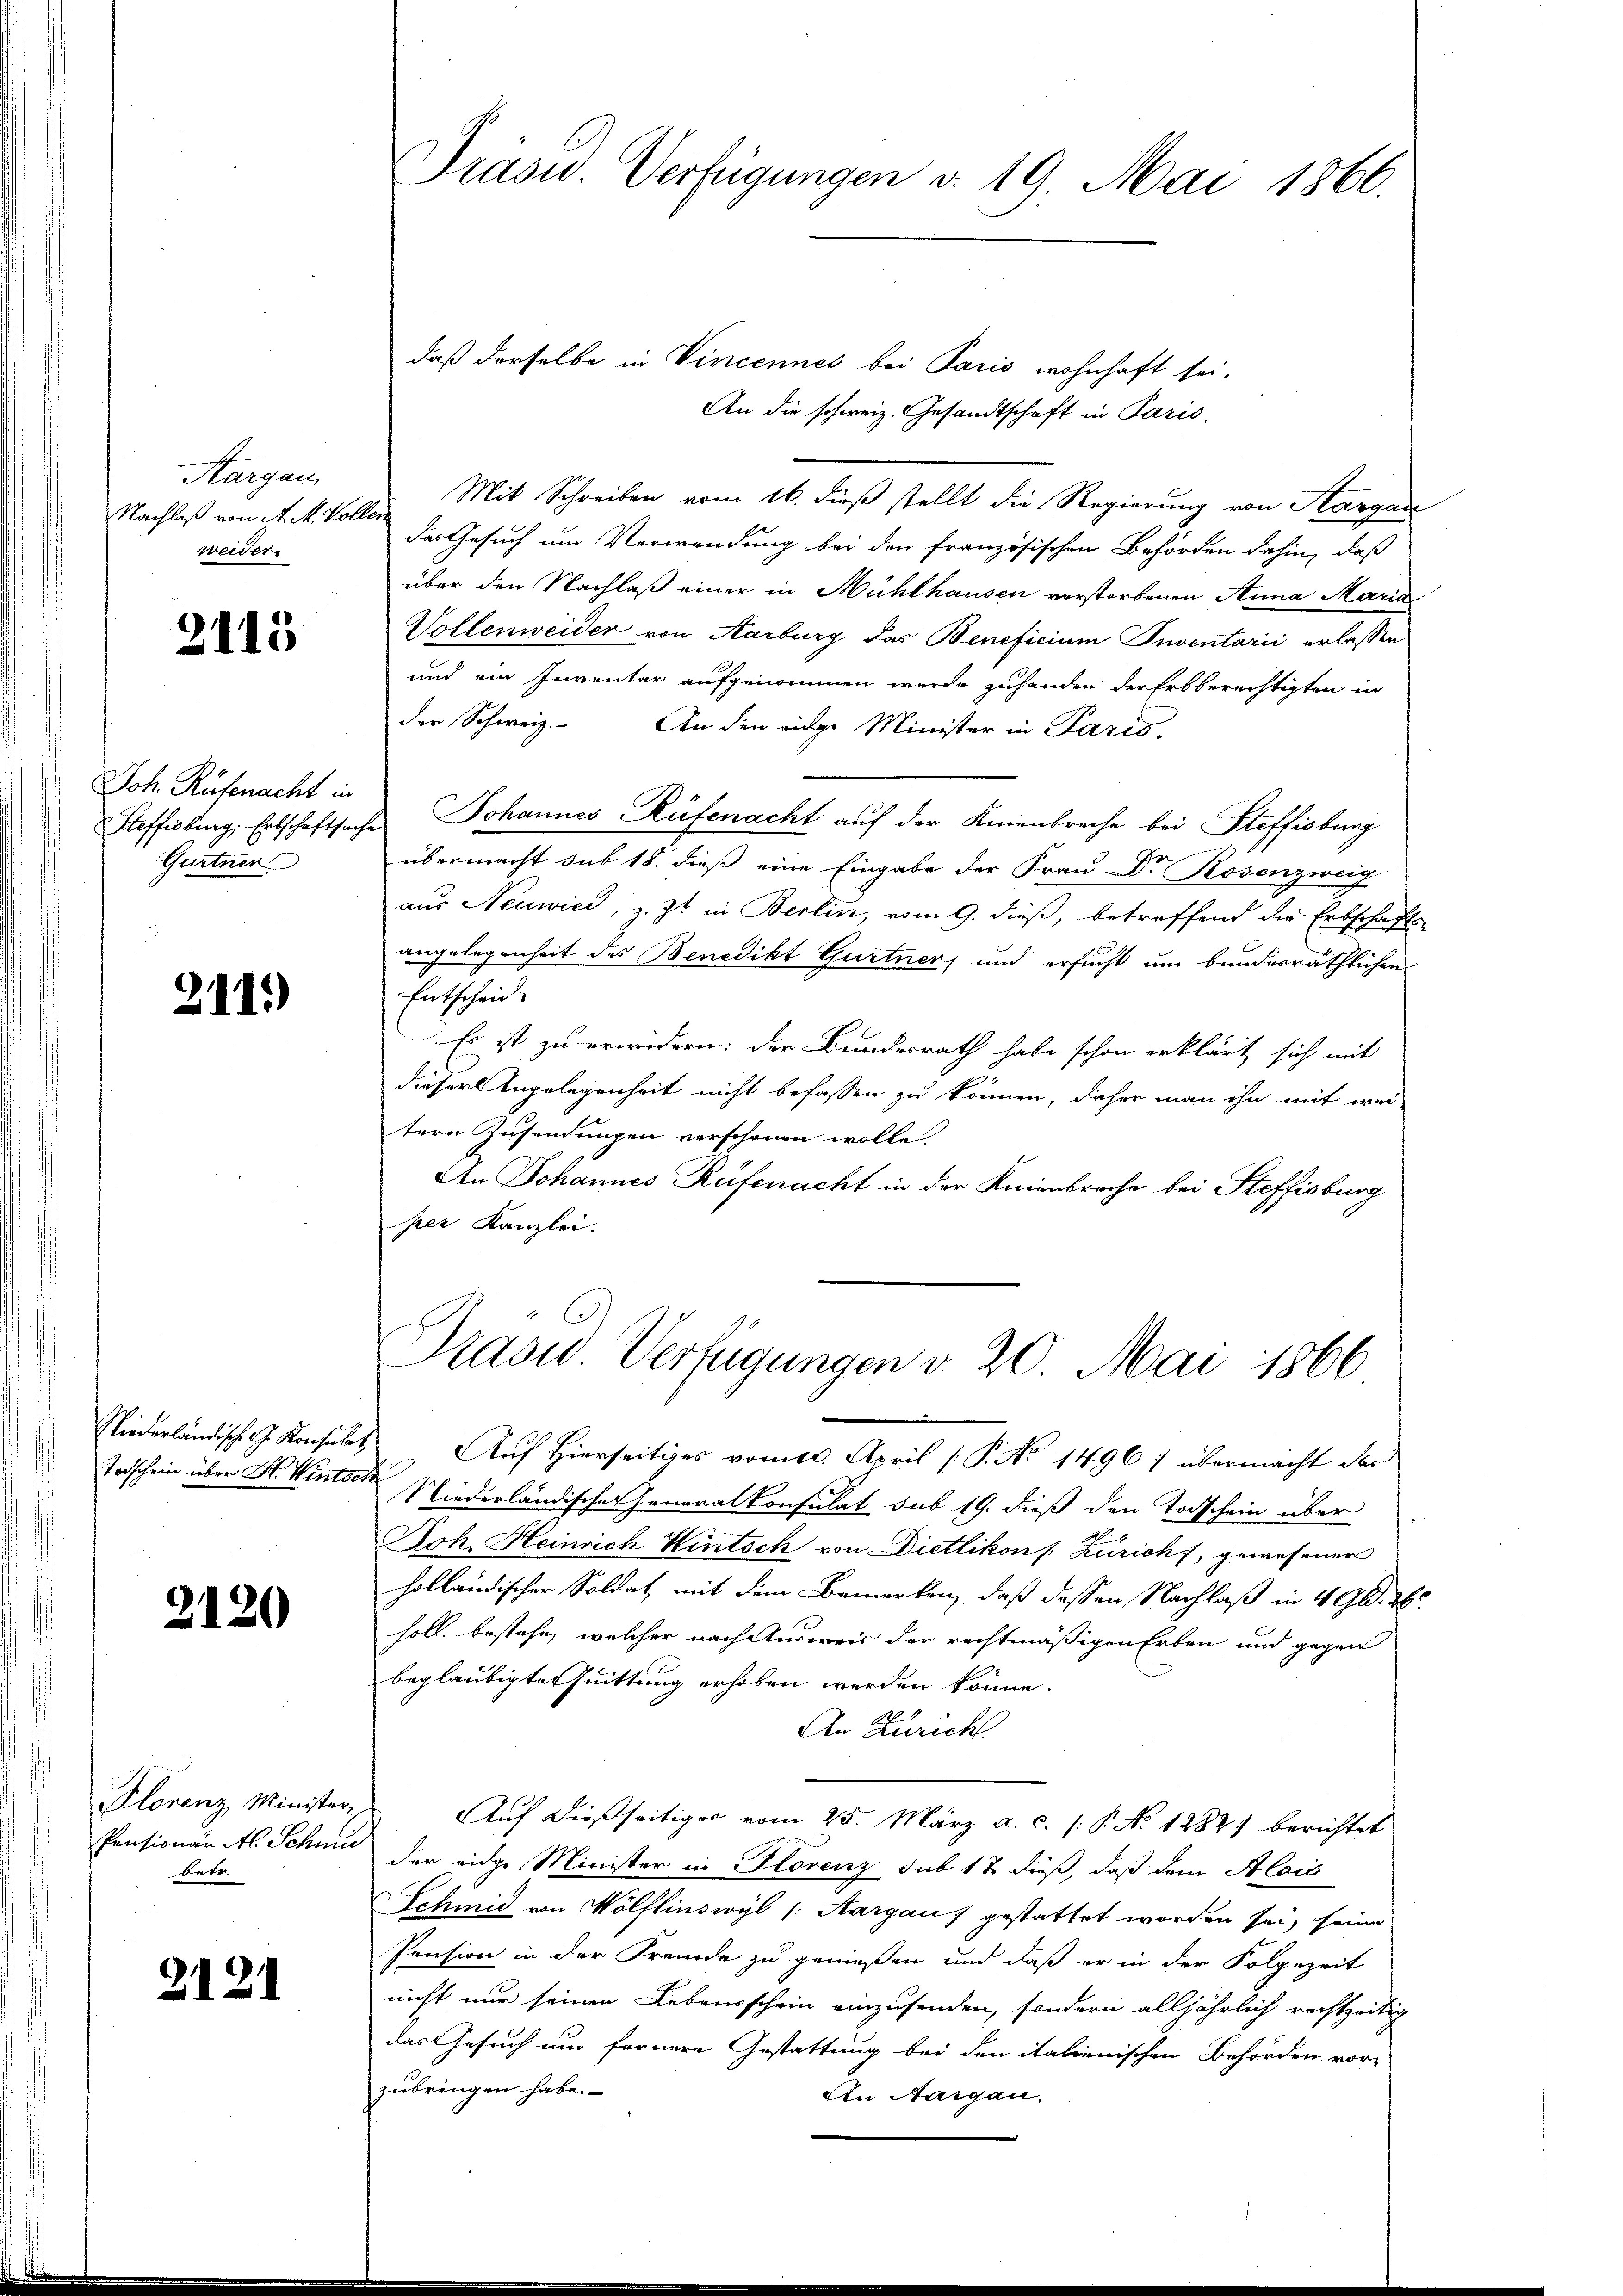
Aargau,
NNachlaß von A. M. Vollen
weider.

2115

Joh. Rüfenacht in
 Steffisburg, Erbschaftsag
Gurtner

211.)

¬

2120

betr.

2121

Drasu. Verfügungen v. 19. Mai 1866.

daß derselbe in Vincennes bei Paris wohnhaft sei.
An die schweiz. Gesandtschaft in Paris,
Mit Schreiben vom 16. dieß stellt die Regierung von Hargau
das Gesuch um Verwendung bei den französischen Behörden dahin, daß
über den Nachlaß einer in Mühlhausen verstorbenen Anna Maria
Vollenweider von Aarburg das Beneficium Inventarii erlassen
und ein Inventar aufgenommen werde zuhanden der Erbberechtigten in
der Schweiz. An den einge Minister in Paris,
Johannes Rüfenacht auf der Knienbreche bei Steffisburg
übermacht sub 18. dieß eine Eingabe der Frau Dr Rosenzweig
aus Neuwied, z. Zt. in Berlin, vom 9. dieß, betreffend die Erbschafts-
angelegenheit des Benedikt Gurtner, und ersucht um bundesräthlichen
Entscheid.
Es ist zu erwidern: der Bundesrath habe schon erklärt sich mit
dieser Angelegenheit nicht befassen zu können, daher man ihn mit wei
tere Zusendungen verschönen wolle.
An Johannes Rüfenacht in der Knienbrache bei Steffisburg
per Kanzlei.

Präsid.. Verfügungen v. 20. Mai 1866

Niederländische G. Konsuls Auf Hierseitiges vom 10. April [ P. No 1496 7 übermacht der
Todschein über H. Wintsche Niederländischen Generalkonsulat sub 19. dieß den Todschein über
Joh. Heinrich Hintsch von Dietlikon /: Züricht, gewesener
holländischer Soldat, mit dem Bemerken, daß dessen Nachlaß in 4 Al. 2
höll, bestehe, welcher nach Ausweis der rechtmäßigen Erben und gegen
beglaubigte Quittung erhoben werden könne.
An Zürich
Florenz Minister, Auf dießseitiges vom 25. März a. c. (: P. No 1282) berichtet
Pensionär A. Schnee der eidge Minister in Horenz sub 17 dieß, daß dem Alais
Schmid von Wölflinswyl /: Aargaus gestattet worden sei, seine
Pension in der Fremde zu genießen und daß er in der Folgezeit
nicht nur seinen Lebensschein einzusenden, sondern alljährlich rechtzeitig
das Gesuch um fernere Gestattung bei den italienischen Behörden vor-
zubringen habe.
An Aargau.